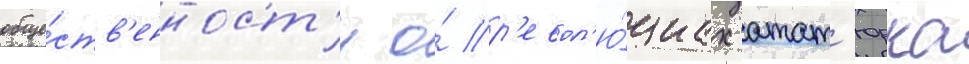
обще́ств'енност'и о́ р'евол'ю́циах атат'юрка